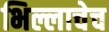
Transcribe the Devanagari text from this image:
भिल्लाचेच